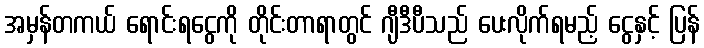
အမှန်တကယ် ရောင်းရငွေကို တိုင်းတာရာတွင် ဂျီဒီပီသည် ပေးလိုက်ရမည့် ငွေနှင့် ပြန်